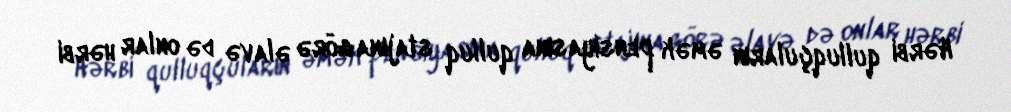
Hərbi qulluqçuların əmək pensiyasına qulluq stajına görə əlavə də onlar hərbi